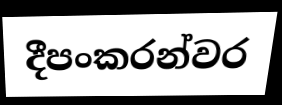
දීපංකරන්වර